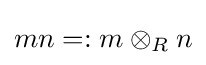
mn=:m\otimes _{R}n